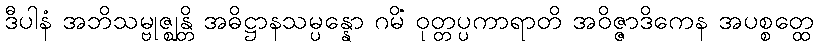
ဒီပါနံ အဘိသမ္ဗုဇ္ဈန္တိ အဓိဋ္ဌာနသမ္ပန္နော ဂမိံ ဝုတ္တပ္ပကာရာတိ အဝိဇ္ဇာဒိကေန အပစ္စတ္ထေ